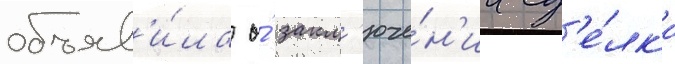
объяв'и́ла о́ закл'юче́н'ии сд'е́лк'и